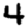
Digit: 4